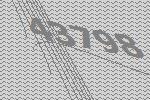
43798